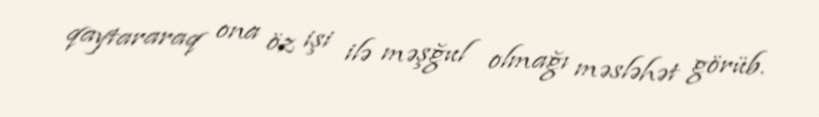
qaytararaq ona öz işi ilə məşğul olmağı məsləhət görüb.